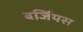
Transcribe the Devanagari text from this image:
बर्जियस